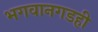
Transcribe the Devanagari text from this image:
भगवानगडही